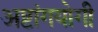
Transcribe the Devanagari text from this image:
अष्टांगयोगी